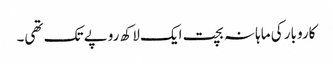
کاروبار کی ماہانہ بچت ایک لاکھ روپے تک تھی۔